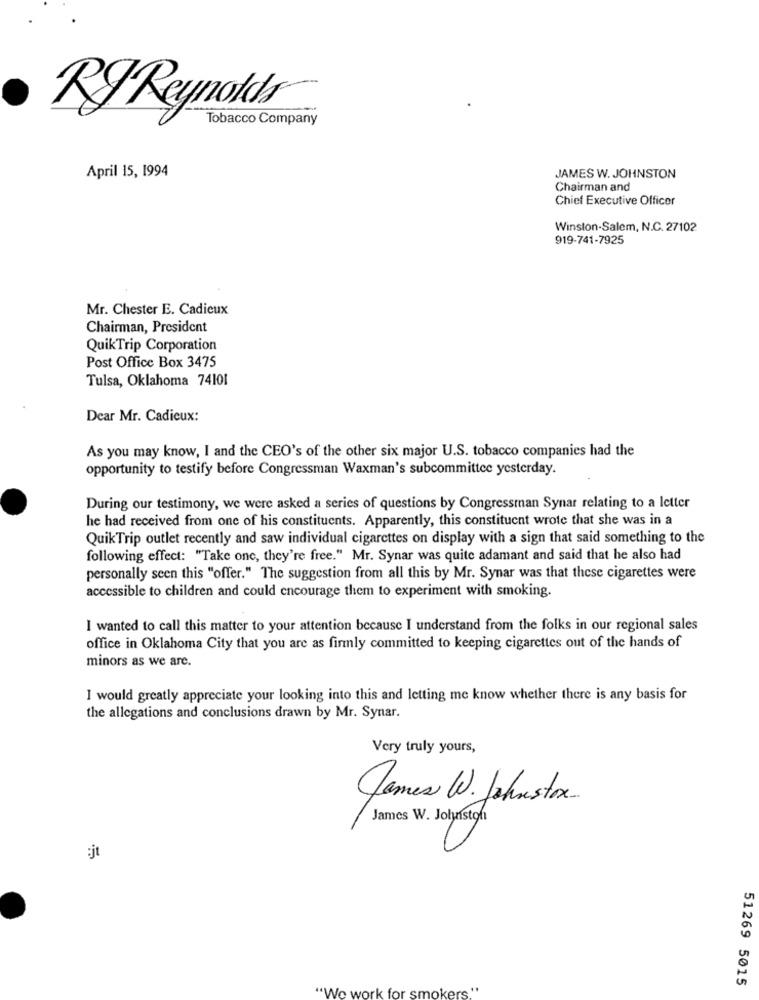
RJ Reynolds
Tobacco Company
April 15, 1994
JAMES W. JOHNSTON
Chairman and
Chief Executive Officer
Winston-Salem, N.C. 27102
919-741-7925
Mr. Chester E. Cadieux
Chairman, President
QuikTrip Corporation
Post Office Box 3475
Tulsa, Oklahoma 74101
Dear Mr. Cadieux:
As you may know, I and the CEO's of the other six major U.S. tobacco companies had the
opportunity to testify before Congressman Waxman's subcommittee yesterday.
During our testimony, we were asked a series of questions by Congressman Synar relating to a letter
he had received from one of his constituents. Apparently, this constituent wrote that she was in a
QuikTrip outlet recently and saw individual cigarettes on display with a sign that said something to the
following effect: "Take one, they're free." Mr. Synar was quite adamant and said that he also had
personally seen this "offer." The suggestion from all this by Mr. Synar was that these cigarettes were
accessible to children and could encourage them to experiment with smoking.
I wanted to call this matter to your attention because I understand from the folks in our regional sales
office in Oklahoma City that you are as finnly committed to keeping cigarettes out of the hands of
minors as we are.
I would greatly appreciate your looking into this and letting me know whether there is any basis for
the allegations and conclusions drawn by Mr. Synar.
Very truly yours,
James W. Johnstox
James W. Johnston
:jt
51269 5015
"We work for smokers."